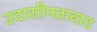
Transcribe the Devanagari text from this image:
उदासीनतावाद